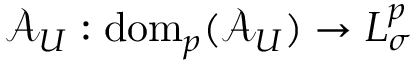
\mathcal { A } _ { U } : \mathrm { d o m } _ { p } ( \mathcal { A } _ { U } ) \to L _ { \sigma } ^ { p }